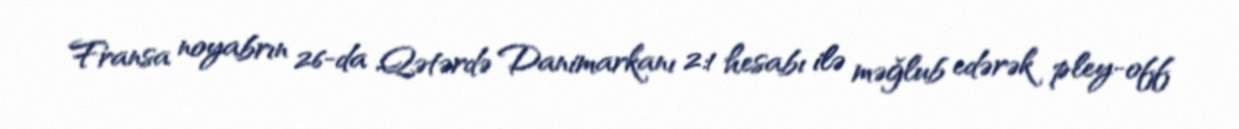
Fransa noyabrın 26-da Qətərdə Danimarkanı 2:1 hesabı ilə məğlub edərək pley-off